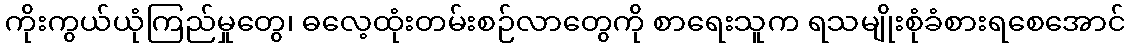
ကိုးကွယ်ယုံကြည်မှုတွေ၊ ဓလေ့ထုံးတမ်းစဉ်လာတွေကို စာရေးသူက ရသမျိုးစုံခံစားရစေအောင်